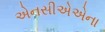
એનસીએએના